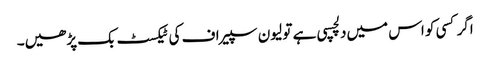
اگر کسی کو اس میں‌دلچسپی ہے تو لیون سپیراف کی ٹیکسٹ بک پڑھیں۔